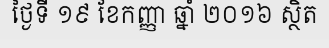
ថ្ងៃទី ១៩ ខែកញ្ញា ឆ្នាំ ២០១៦ ស្ថិត